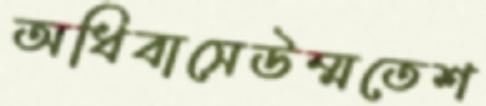
অধিবাসেউম্মতেশ